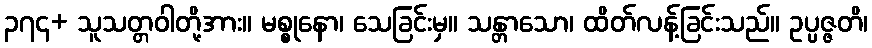
၃၇၄+ သူသတ္တဝါတို့အား။ မစ္စုနော၊ သေခြင်းမှ။ သန္တာသော၊ ထိတ်လန့်ခြင်းသည်။ ဥပ္ပဇ္ဇတိ၊